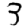
Digit: 3